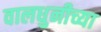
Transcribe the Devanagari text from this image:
वालधुनीच्या